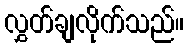
လွှတ်ချလိုက်သည်။